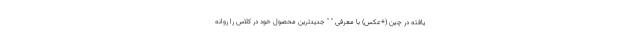
یافته در چین (+عکس) با معرفی " " جدیدترین محصول خود در کلاس را روانه